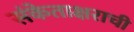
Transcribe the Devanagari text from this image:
संकेताक्षराची